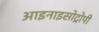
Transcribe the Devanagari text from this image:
आइनाइसोट्रोपी